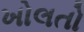
ખોલતો